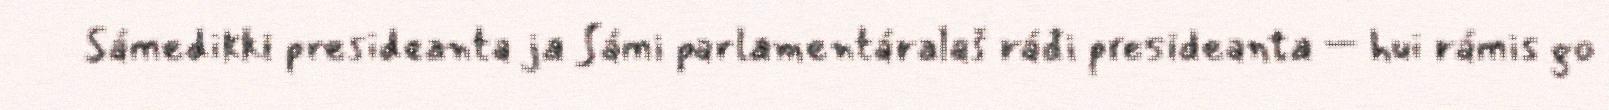
Sámedikki presideanta ja Sámi parlamentáralaš ráđi presideanta – hui rámis go